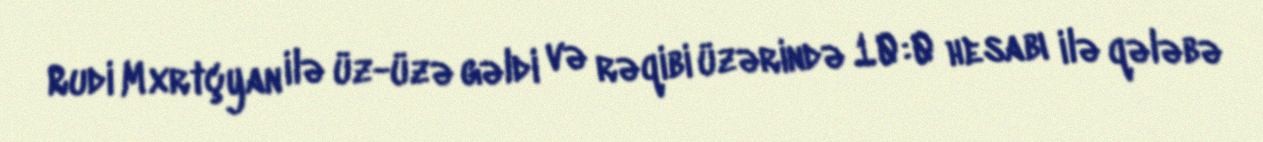
Rudi Mxrtçyan ilə üz-üzə gəldi və rəqibi üzərində 10:0 hesabı ilə qələbə